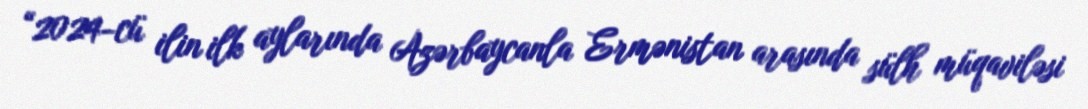
“2024-cü ilin ilk aylarında Azərbaycanla Ermənistan arasında sülh müqaviləsi